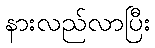
နားလည်လာပြီး